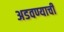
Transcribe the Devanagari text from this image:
अडवण्याची